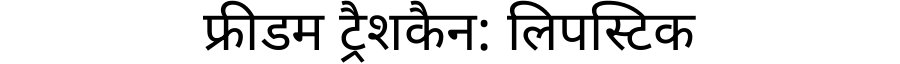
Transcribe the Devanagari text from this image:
फ्रीडम ट्रैशकैन: लिपस्टिक